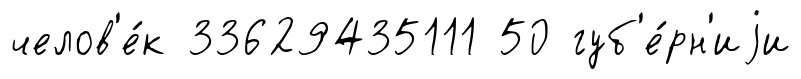
челов'е́к 33629435111 50 губ'е́рн'иjи